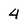
Character: 4